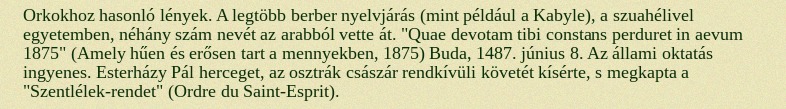
Orkokhoz hasonló lények. A legtöbb berber nyelvjárás (mint például a Kabyle), a szuahélivel egyetemben, néhány szám nevét az arabból vette át. "Quae devotam tibi constans perduret in aevum 1875" (Amely hűen és erősen tart a mennyekben, 1875) Buda, 1487. június 8. Az állami oktatás ingyenes. Esterházy Pál herceget, az osztrák császár rendkívüli követét kísérte, s megkapta a "Szentlélek-rendet" (Ordre du Saint-Esprit).